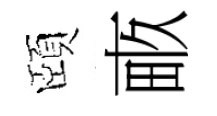
頤畞